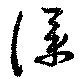
僕